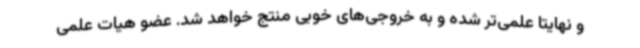
و نهایتا علمی‌تر شده و به خروجی‌های خوبی منتج خواهد شد. عضو هیات علمی